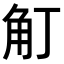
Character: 𧢴